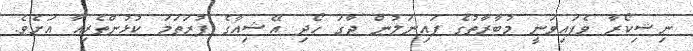
ނިޝިކޯރާ ވެފައިވަނީ މުބާރާތުގެ ފައިނަލުން ޖާގަ ހޯދި އޭޝިއާގެ ފުރަތަމަ ކުޅުންތެރިއާ އަށެވެ.